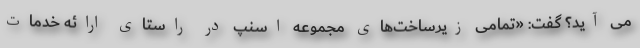
می آید؟ گفت: «تمامی زیرساخت‌های مجموعه اسنپ در راستای ارائه خدمات